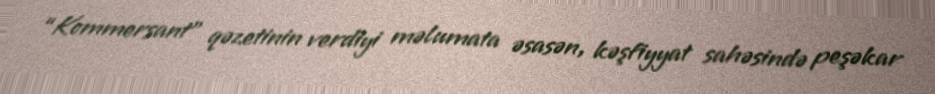
“Kommersant” qəzetinin verdiyi məlumata əsasən, kəşfiyyat sahəsində peşəkar